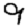
Digit: 9